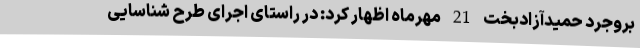
بروجرد حمیدآزادبخت 21 مهرماه اظهار کرد: در راستای اجرای طرح شناسایی